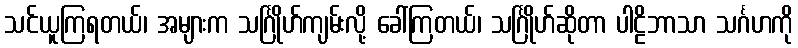
သင်ယူကြရတယ်၊ အများက သင်္ဂြိုဟ်ကျမ်းလို့ ခေါ်ကြတယ်၊ သင်္ဂြိုဟ်ဆိုတာ ပါဠိဘာသာ သင်္ဂဟကို